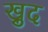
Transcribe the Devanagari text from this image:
ख्रुद